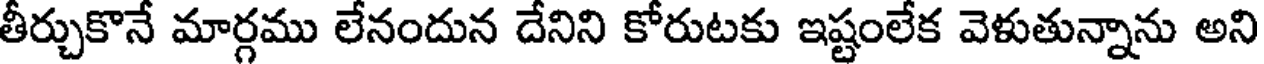
తీర్చుకొనే మార్గము లేనందున దేనిని కోరుటకు ఇష్టంలేక వెళుతున్నాను అని